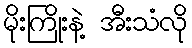
မိုးကြိုးနဲ့ အီးသံလို